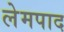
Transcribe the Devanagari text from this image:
लेमपाद